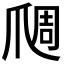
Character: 𬋬